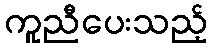
ကူညီပေးသည့်